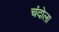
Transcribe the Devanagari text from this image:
चंदोला